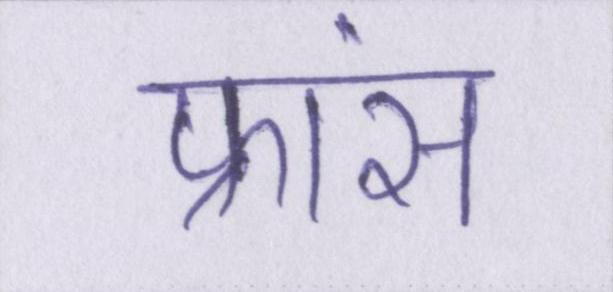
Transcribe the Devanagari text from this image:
फ्रांस